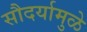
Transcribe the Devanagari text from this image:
सौदर्यामुळे